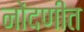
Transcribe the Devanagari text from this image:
नोंदणीत